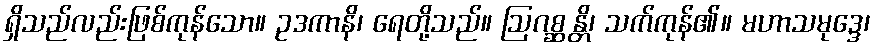
ရှိသည်လည်းဖြစ်ကုန်သော။ ဥဒကာနိ၊ ရေတို့သည်။ ဩဂစ္ဆန္တိ၊ သက်ကုန်၏။ မဟာသမုဒ္ဒေ၊